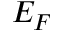
E _ { F }